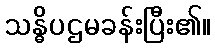
သန္ဓိပဌမခန်းပြီး၏။